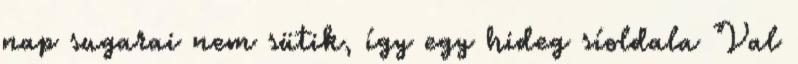
nap sugarai nem sütik, így egy hideg síoldala Val